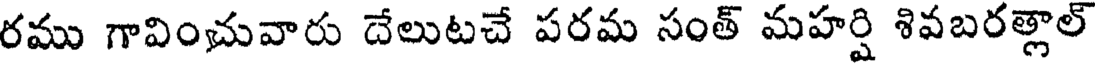
రము గావించువారు దేలుటచే పరమ సంత్ మహర్షి శివబరత్లాల్